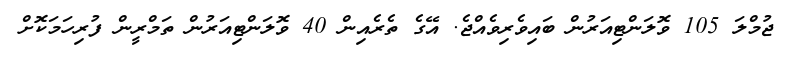
ޖުމްލަ 105 ވޮލަންޓިއަރުން ބައިވެރިވެއްޖެ. އޭގެ ތެރެއިން 40 ވޮލަންޓިއަރުން ތަމްރީން ފުރިހަމަކޮށް